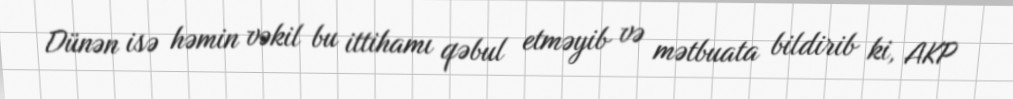
Dünən isə həmin vəkil bu ittihamı qəbul etməyib və mətbuata bildirib ki, AKP